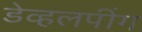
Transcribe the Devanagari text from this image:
डेव्हलपींग